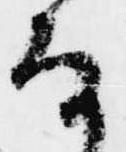
な